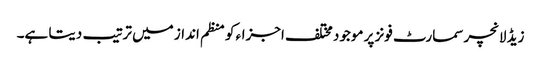
زیڈ لانچر سمارٹ فونز پر موجود مختلف اجزاء کو منظم انداز میں ترتیب دیتا ہے۔